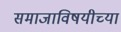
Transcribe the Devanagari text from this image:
समाजाविषयीच्या